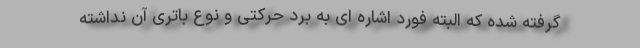
گرفته شده که البته فورد اشاره ای به برد حرکتی و نوع باتری آن نداشته